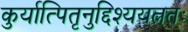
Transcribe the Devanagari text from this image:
कुर्यात्पितृनुद्दिश्ययत्नतः